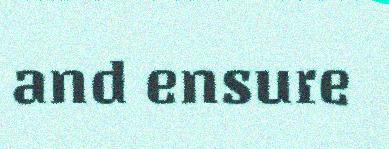
and ensure